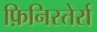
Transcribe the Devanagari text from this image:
फ़िनिस्तेर्रा